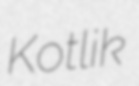
Kotlik